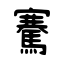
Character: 騫